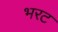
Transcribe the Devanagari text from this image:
भरट